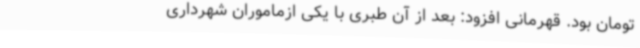
تومان بود. قهرمانی افزود: بعد از آن طبری با یکی ازماموران شهرداری